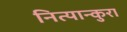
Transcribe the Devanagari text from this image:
नित्यान्कुरा